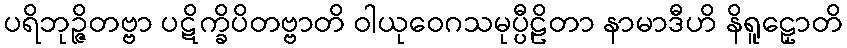
ပရိဘုဉ္ဇိတဗ္ဗာ ပဋိက္ခိပိတဗ္ဗာတိ ဝါယုဝေဂသမုပ္ပီဠိတာ နာမာဒီဟိ နိရူဠှောတိ